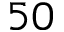
5 0